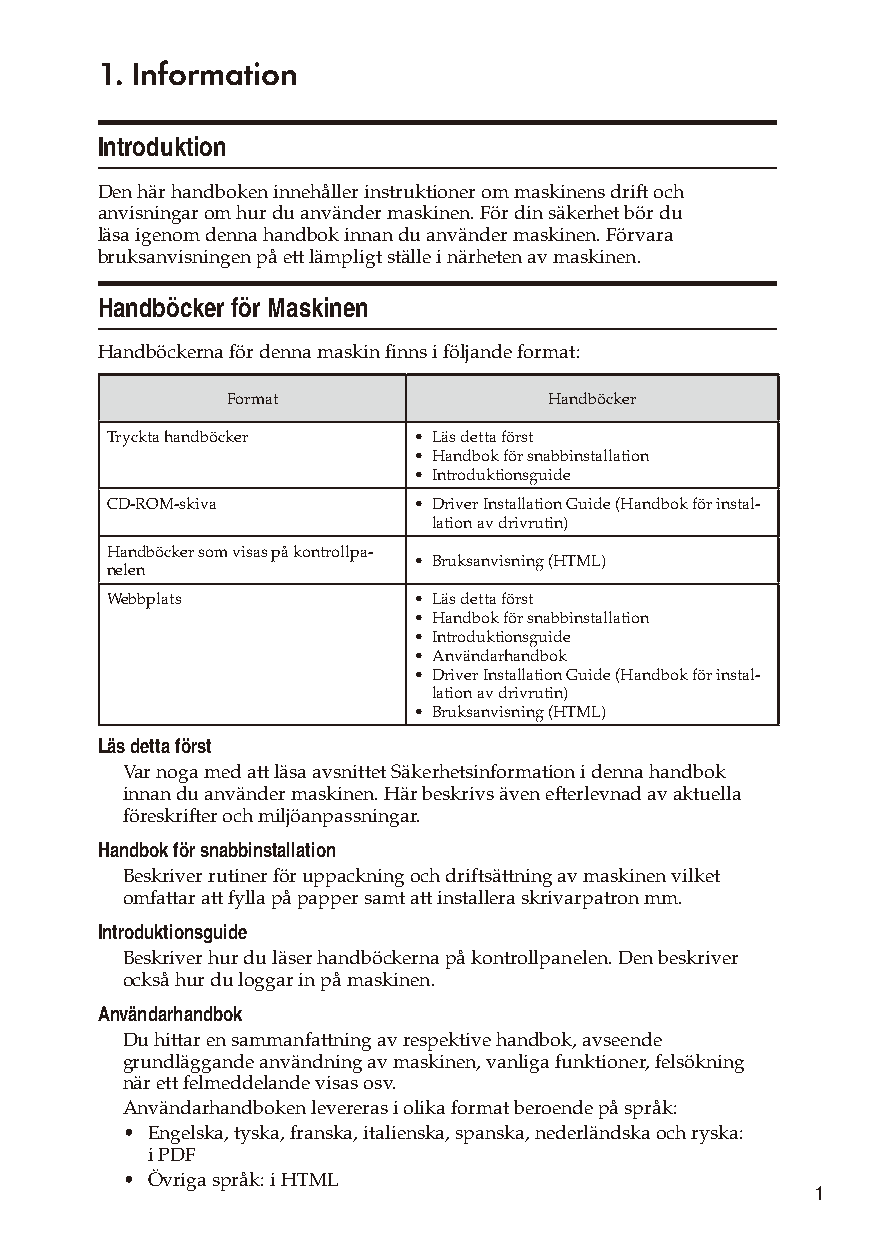
1. Information
 Introduktion
 Den här handboken innehåller instruktioner om maskinens drift och
 anvisningar om hur du använder maskinen. För din säkerhet bör du
 läsa igenom denna handbok innan du använder maskinen. Förvara
 bruksanvisningen på ett lämpligt ställe i närheten av maskinen.
 Handböcker för Maskinen
 Handböckerna för denna maskin finns i följande format:
 Format               Handböcker
 Tryckta handböcker  • Läs detta först
 • Handbok för snabbinstallation
 • Introduktionsguide
 CD-ROM-skiva        • Driver Installation Guide (Handbok för instal-
 lation av drivrutin)
 Handböcker som visas på kontrollpa-
 • Bruksanvisning (HTML)
 nelen
 Webbplats           • Läs detta först
 • Handbok för snabbinstallation
 • Introduktionsguide
 • Användarhandbok
 • Driver Installation Guide (Handbok för instal-
 lation av drivrutin)
 • Bruksanvisning (HTML)
 Läs detta först
 Var noga med att läsa avsnittet Säkerhetsinformation i denna handbok
 innan du använder maskinen. Här beskrivs även efterlevnad av aktuella
 föreskrifter och miljöanpassningar.
 Handbok för snabbinstallation
 Beskriver rutiner för uppackning och driftsättning av maskinen vilket
 omfattar att fylla på papper samt att installera skrivarpatron mm.
 Introduktionsguide
 Beskriver hur du läser handböckerna på kontrollpanelen. Den beskriver
 också hur du loggar in på maskinen.
 Användarhandbok
 Du hittar en sammanfattning av respektive handbok, avseende
 grundläggande användning av maskinen, vanliga funktioner, felsökning
 när ett felmeddelande visas osv.
 Användarhandboken levereras i olika format beroende på språk:
 • Engelska, tyska, franska, italienska, spanska, nederländska och ryska:
 i PDF
 • Övriga språk: i HTML
 1